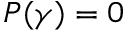
P ( \gamma ) = 0